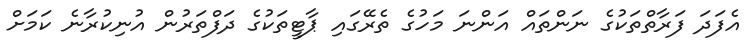
އެފަދަ ފަރާތްތަކުގެ ނަންތައް އަންނަ މަހުގެ ތެރޭގައި ޕާޓީތަކުގެ ދަފްތަރުން އުނިކުރާނެ ކަމަށް